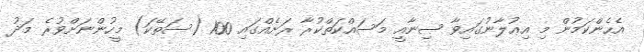
އެހެންކަމުން މި އިޢުލާނުގައިވާ ޞިނާއީ މަސައްކަތްކުރާ ރަށެއްގައި 100 (ސަތޭކަ) މީހުންނަށްވުރެ މަދު